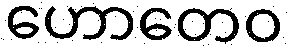
ဟောတေဝ